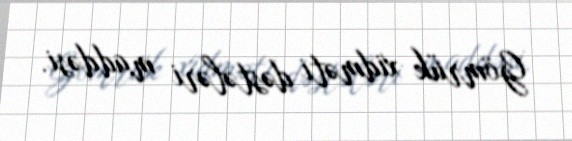
Gömrük xidməti dəstələri maddəsi.